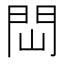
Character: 閊